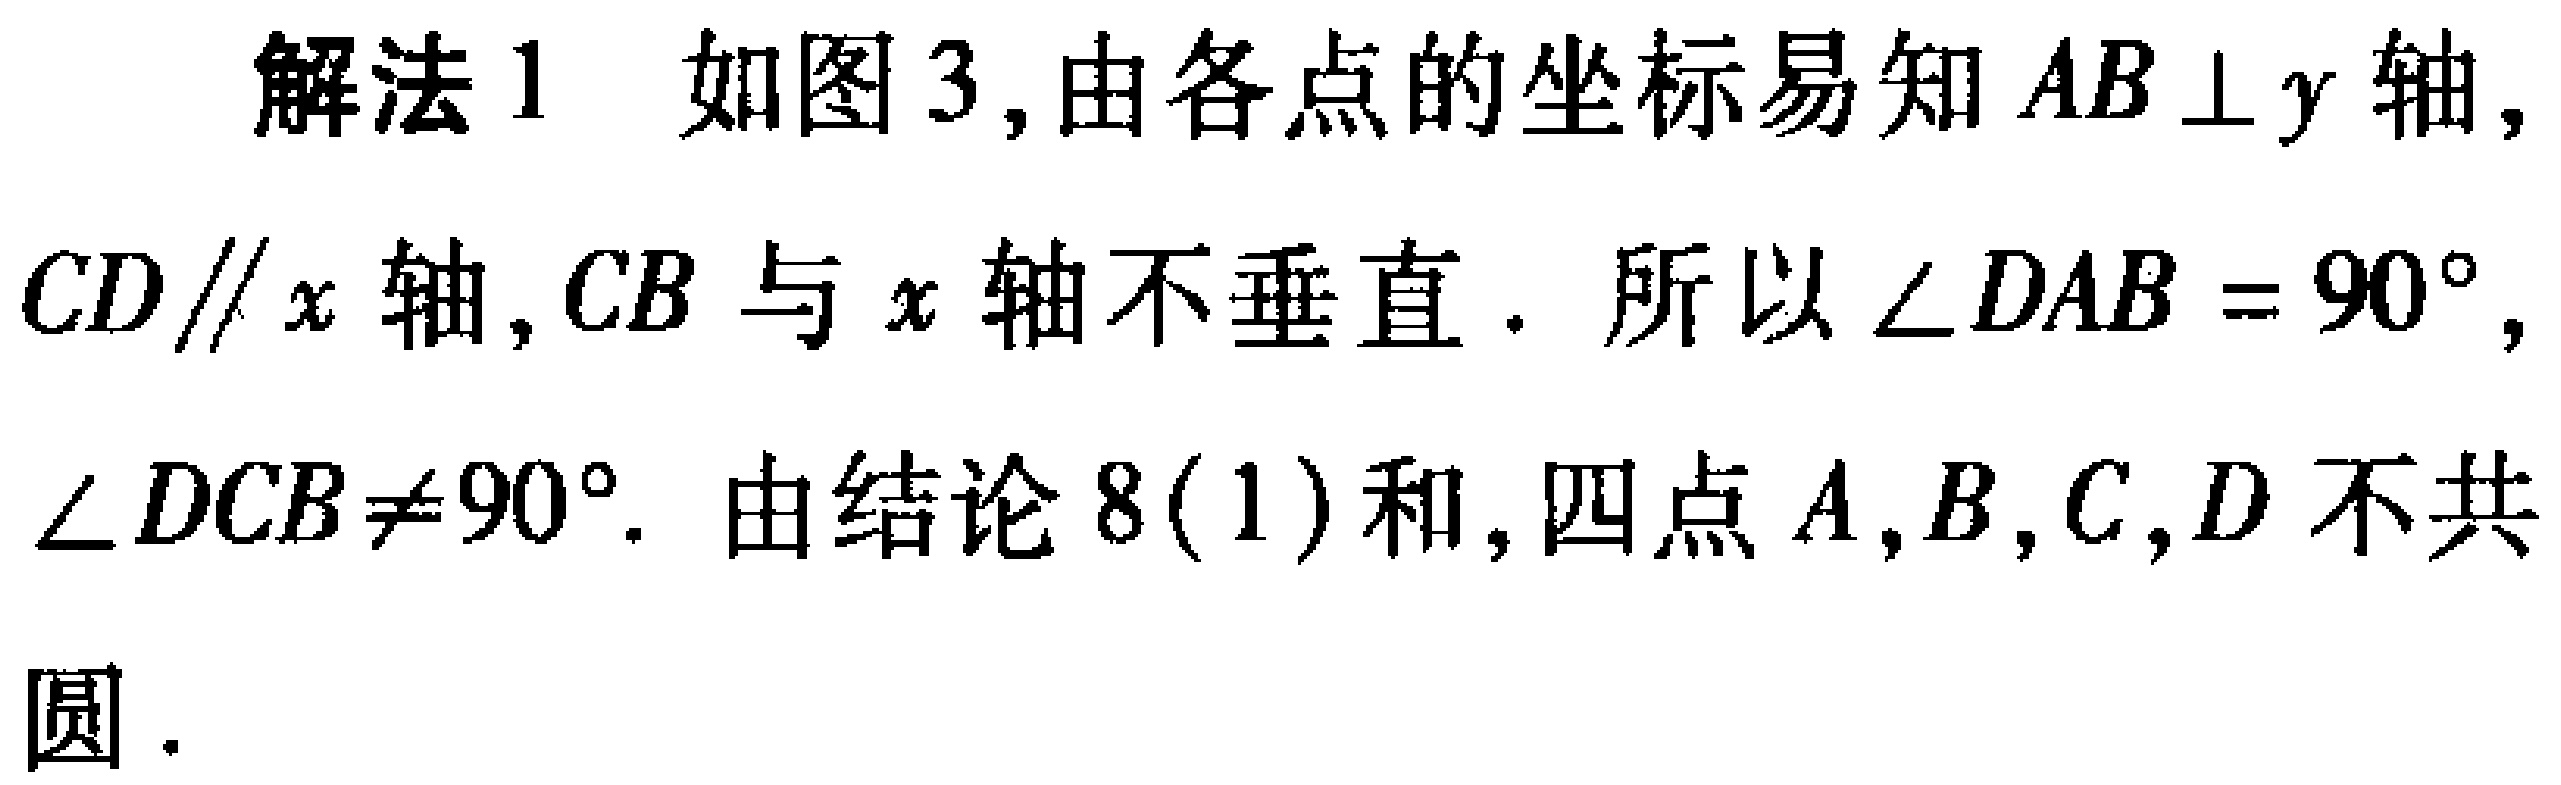
解法1 如图3,由各点的坐标易知 \(AB\perp y\)轴, \(CD\parallel x\)轴, \(CB\)与 \(x\)轴不垂直. 所以 \(\angle DAB = 90^{\circ}\), \(\angle DCB\neq 90^{\circ}\). 由结论 \(8(1)\)和, 四点 \(A,B,C,D\)不共圆.